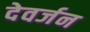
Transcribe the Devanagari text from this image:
देवर्जन